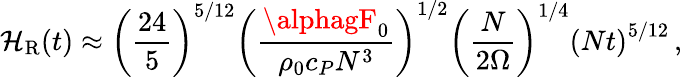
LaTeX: \mathcal{H}_{\mathrm{{R}}}(t)\approx\left(\frac{{24}}{{5}}\right)^{5/12}\left(\frac{{\alphagF_{0}}}{{\rho_{0}c_{P}N^{3}}}\right)^{1/2}\left(\frac{{N}}{{2\Omega}}\right)^{1/4}\left(Nt\right)^{5/12}\, ,